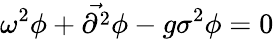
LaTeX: \omega^{2}\phi+{\vec{\partial^{2}}}\phi-g\sigma^{2}\phi=0